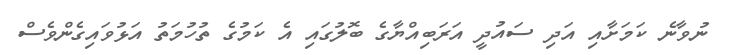
ނުވާނެ ކަމަށާއި އަދި ސައުދީ އަރަބިއްޔާގެ ބޮލުގައި އެ ކަމުގެ ތުހުމަތު އަޅުވައިގެންވެސް